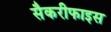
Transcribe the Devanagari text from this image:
सैकरीफाइस